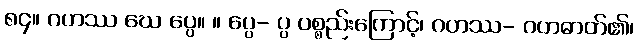
၈၄။ ဂဟဿ ဃေ ပ္ပေ။ ။ ပ္ပေ- ပ္ပ ပစ္စည်းကြောင့်၊ ဂဟဿ- ဂဟဓာတ်၏၊